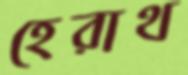
হেরাথ